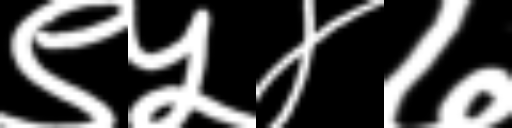
Text: ९५४७